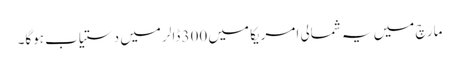
مارچ میں یہ شمالی امریکا میں 300 ڈالر میں دستیاب ہوگا۔